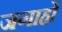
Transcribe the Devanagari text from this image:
जगाहों